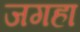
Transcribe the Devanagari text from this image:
जगहा